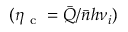
( \eta _ { \mathrm { ~ c ~ } } = \bar { Q } / \bar { n } h \nu _ { i } )